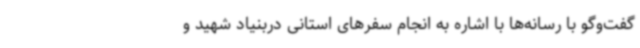
گفت‌وگو با رسانه‌ها با اشاره به انجام سفرهای استانی دربنیاد شهید و